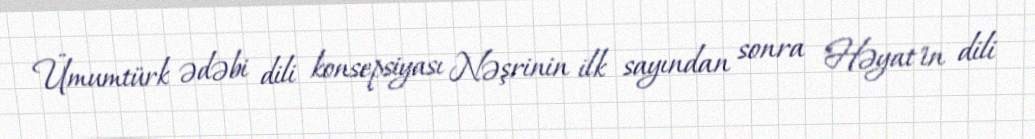
Ümumtürk ədəbi dili konsepsiyası Nəşrinin ilk sayından sonra "Həyat"ın dili